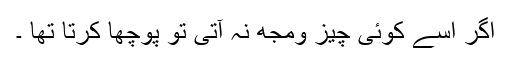
اگر اسے کوئی چیز ومجھ نہ آتی تو پوچھا کرتا تھا ۔